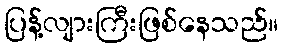
ပြန့်လျားကြီးဖြစ်နေသည်။